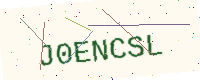
Text: J0ENCSL